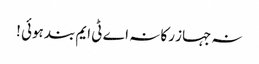
نہ جہاز رکا نہ اے ٹی ایم بند ہوئی !